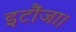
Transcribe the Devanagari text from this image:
इटौंजा।